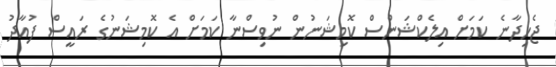
ޖެހިދާނެ ކަމަށް އިލެކްޝަންސް ކޮމިޝަނުން ނުވިސްނާ ކަމަށް އެ ކޮމިޝަނުގެ ރައީސް ފުއާދު